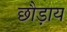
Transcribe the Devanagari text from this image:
छौड़ाय